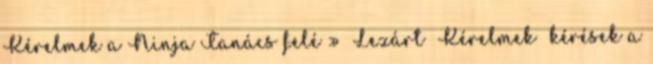
Kérelmek a Ninja Tanács felé » Lezárt Kérelmek kérések a